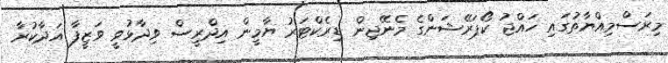
މިރަސްމިއްޔާތުގައި ހައްޖު ކޯޕަރޭޝަންގެ މެނޭޖިން ޑިރެކްޓަރު ޔާމީން އިދްރީސް ވިދާޅުވީ ވަޒީފާ އަދާކުރާ